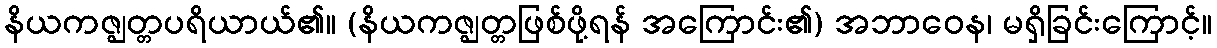
နိယကဇ္ဈတ္တပရိယာယ်၏။ (နိယကဇ္ဈတ္တဖြစ်ဖို့ရန် အကြောင်း၏) အဘာဝေန၊ မရှိခြင်းကြောင့်။